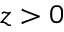
z > 0